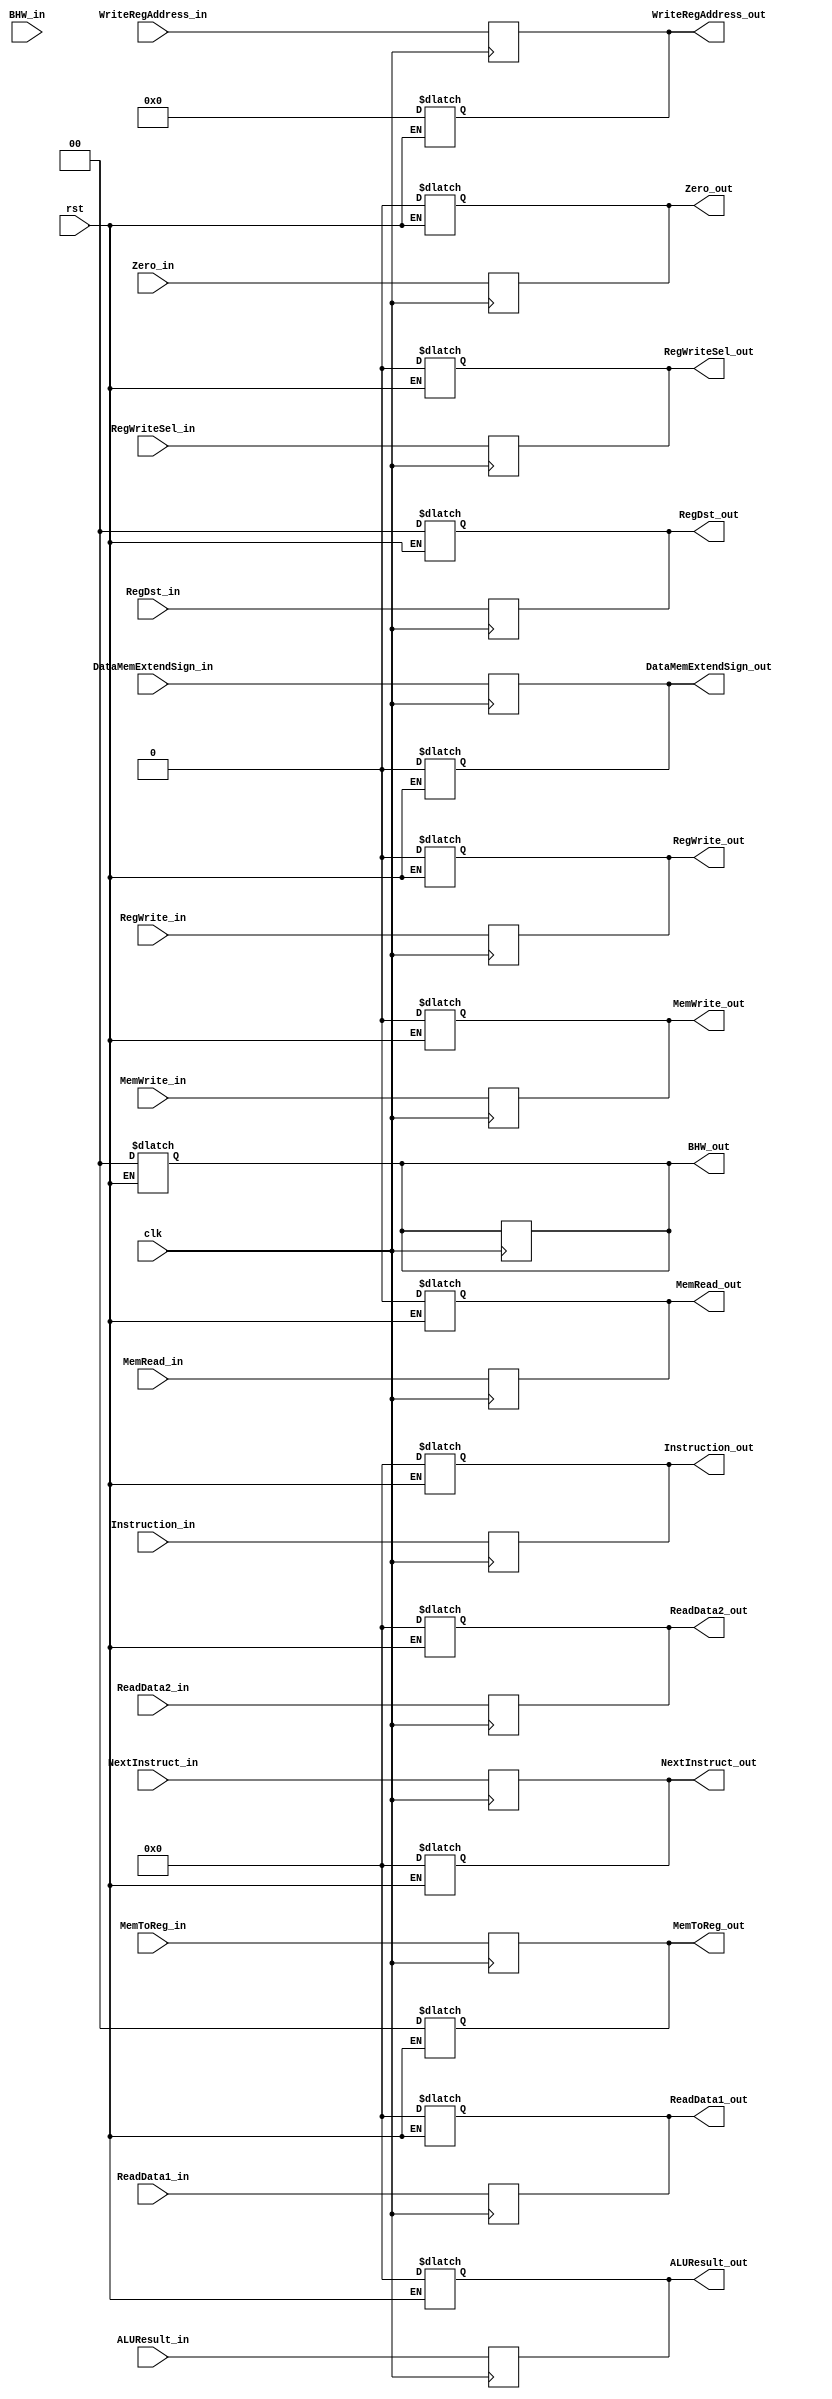


`timescale 1ns / 1ps
//////////////////////////////////////////////////////////////////////////////////
// Company: 
// Engineer: 
// 
// Design Name: 
// Module Name:    if_id_reg 
// Project Name: 
// Target Devices: 
// Tool versions: 
// Description: 
//
// Dependencies: 
//
// Revision: 
// Revision 0.01 - File Created 
// Additional Comments: 
//
//////////////////////////////////////////////////////////////////////////////////
module EX_MEM_Reg(clk,rst,MemRead_in,MemWrite_in,BHW_in,DataMemExtendSign_in,ReadData1_in,ReadData2_in,
					RegWrite_in,RegDst_in,RegWriteSel_in,MemToReg_in,ALUResult_in,Zero_in,NextInstruct_in,
					Instruction_in,WriteRegAddress_in,MemRead_out,MemWrite_out,BHW_out,DataMemExtendSign_out,ReadData1_out,
					ReadData2_out,RegWrite_out,RegDst_out,RegWriteSel_out,MemToReg_out,ALUResult_out,Zero_out,
					NextInstruct_out,Instruction_out,WriteRegAddress_out);
    input clk, rst,MemRead_in,MemWrite_in,DataMemExtendSign_in,RegWrite_in,RegWriteSel_in,Zero_in;
	input [1:0] MemToReg_in,BHW_in,RegDst_in;
	input [4:0] WriteRegAddress_in;
	input [31:0] ReadData1_in,ReadData2_in,ALUResult_in,NextInstruct_in,Instruction_in;
    output MemRead_out,MemWrite_out,DataMemExtendSign_out,RegWrite_out,RegWriteSel_out,Zero_out;
	output [1:0] MemToReg_out,BHW_out,RegDst_out;
	output [4:0] WriteRegAddress_out;
	output [31:0] ReadData1_out,ReadData2_out,ALUResult_out,NextInstruct_out,Instruction_out;

	reg MemRead_out,MemWrite_out,DataMemExtendSign_out,RegWrite_out,RegWriteSel_out,Zero_out;
	reg [1:0] MemToReg_out,BHW_out,RegDst_out;
	reg [4:0] WriteRegAddress_out;
	reg [31:0] ReadData1_out,ReadData2_out,ALUResult_out,NextInstruct_out,Instruction_out;

always@(rst)
begin
	if (rst == 1) begin
		MemRead_out <= 0;
		MemWrite_out <= 0;
		BHW_out <= 0;
		DataMemExtendSign_out <= 0;
		ReadData1_out <= 0;
		ReadData2_out <= 0;
		RegWrite_out <= 0;
		RegDst_out <= 0;
		RegWriteSel_out <= 0;
		MemToReg_out <= 0;
		ALUResult_out <= 0;
		Zero_out <= 0;
		NextInstruct_out <= 0;
		Instruction_out <= 0;
		WriteRegAddress_out <= 0;
	end
end

always@(posedge clk)
begin
	MemRead_out <= MemRead_in;
	MemWrite_out <= MemWrite_in;
	BHW_out <= BHW_out;
	DataMemExtendSign_out <= DataMemExtendSign_in;
	ReadData1_out <= ReadData1_in;
	ReadData2_out <= ReadData2_in;
	RegWrite_out <= RegWrite_in;
	RegDst_out <= RegDst_in;
	RegWriteSel_out <= RegWriteSel_in;
	MemToReg_out <= MemToReg_in;
	ALUResult_out <= ALUResult_in;
	Zero_out <= Zero_in;
	NextInstruct_out <= NextInstruct_in;
	Instruction_out <= Instruction_in;
	WriteRegAddress_out <= WriteRegAddress_in;
end
	 


endmodule